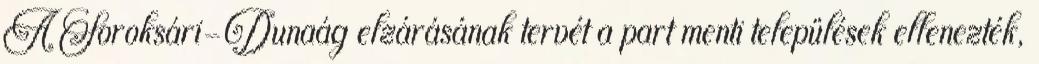
A Soroksári-Dunaág elzárásának tervét a part menti települések ellenezték,